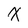
Character: X